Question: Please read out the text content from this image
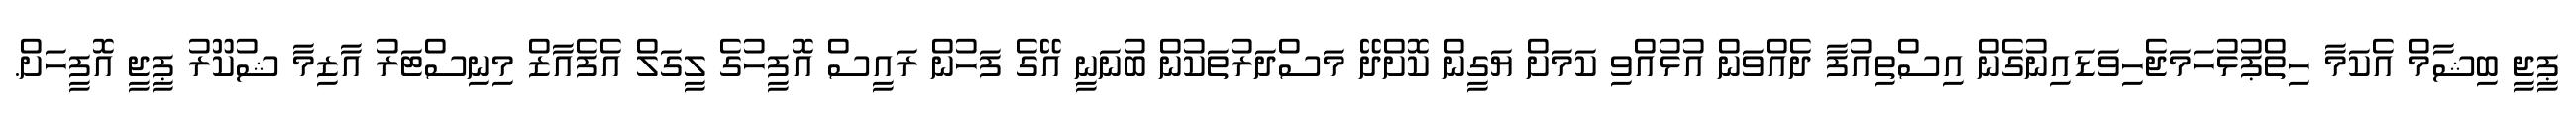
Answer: ޕީޖީ ބިޝާމް އެކަމާ ހިތްޕުޅުހަމަޖެހިވަޑައިނުގެން އިސްތިއުފާ ދެއްވަން އުޅުއްވި ކަމަށް ޔަގީން ކޮށްދޭ މަސްދަރުތަކުން ބުނަނީ އޭގެ ފަހުން ރައީސް އޮފީހުގެ ލީގަލް އެފެއާޒް މިނިސްޓަރު އާޒިމާ ޝުކޫރު ޕީޖީ އޮފީހަށް.